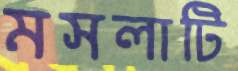
মসলাটি